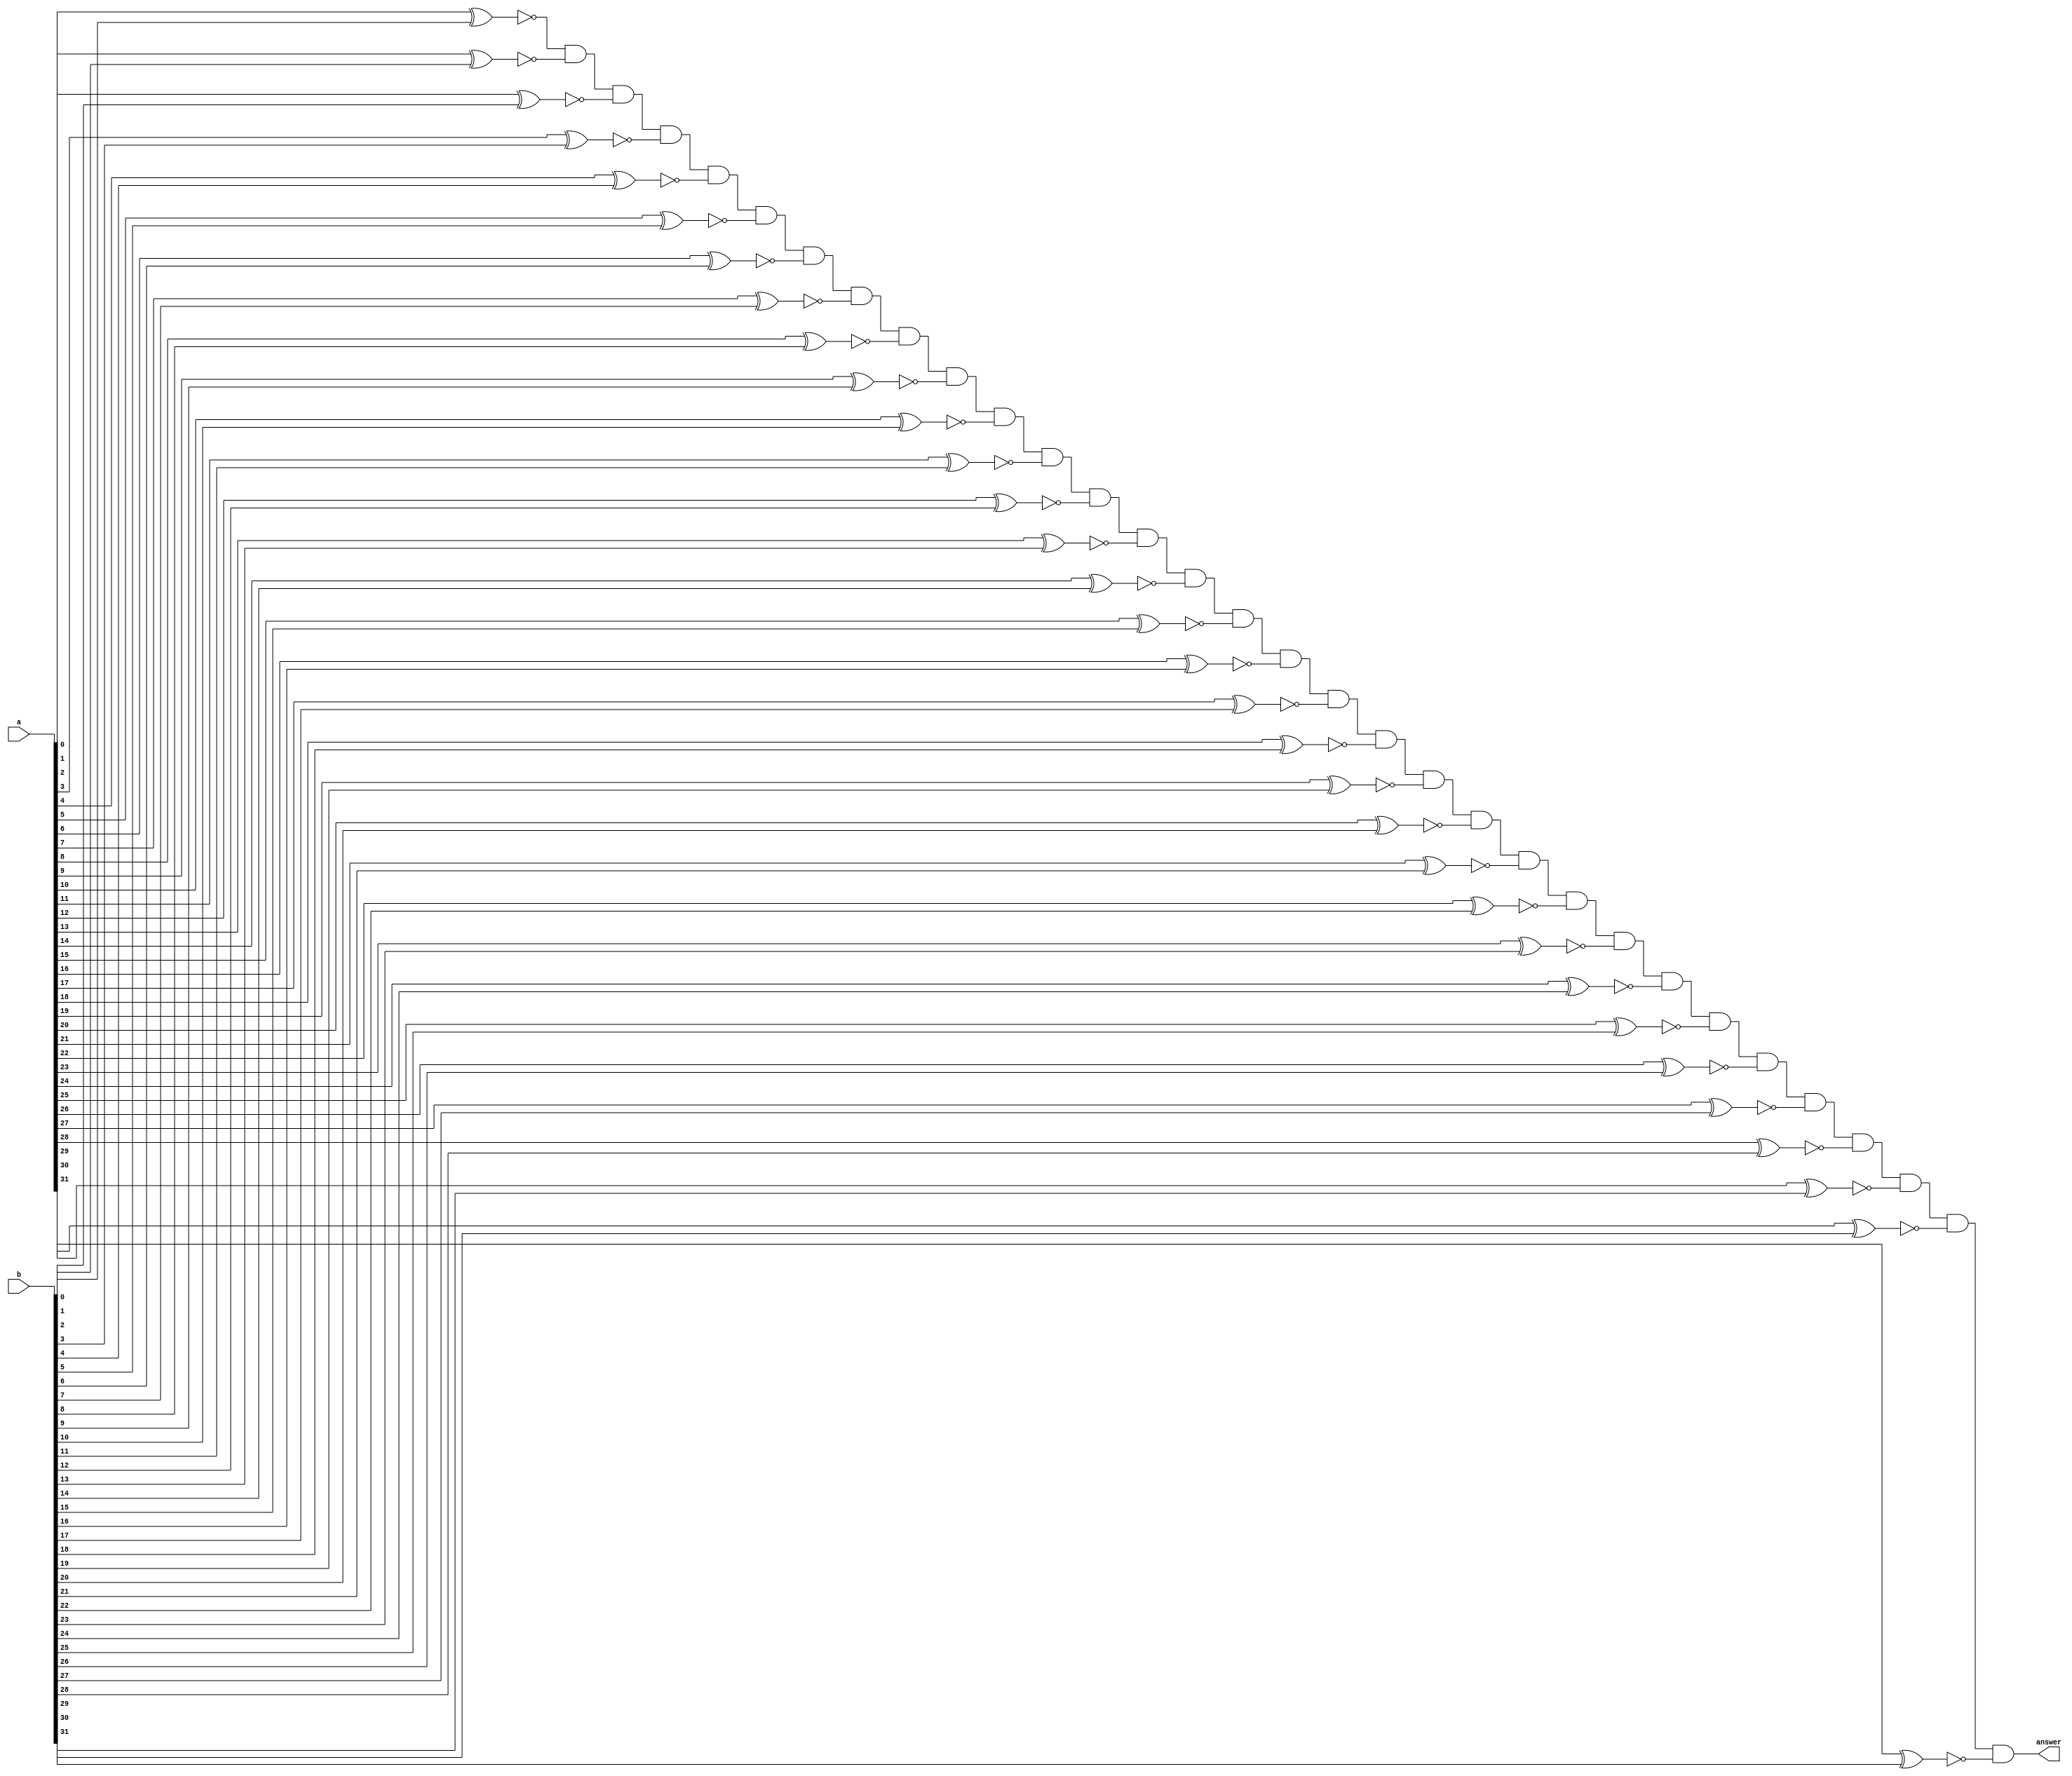
module equal32(answer,a,b);
input[31:0] a,b;
output answer;
wire[31:0] check;

genvar i;
generate

for(i=0;i<32;i=i+1)
	begin: Adder
	xnor xnorGate(check[i],a[i],b[i]);
end	
endgenerate
and ifAnyOfThemIsZeroThenAnswerIsZero(answer,check[0],check[1],check[2],check[3],check[4],check[5],check[6],check[7],check[8],
															check[9],check[10],check[11],check[12],check[13],check[14],check[15],check[16],
															check[17],check[18],check[19],check[20],check[21],check[22],check[23],check[24],
															check[25],check[26],check[27],check[28],check[29],check[30],check[31]);


endmodule